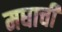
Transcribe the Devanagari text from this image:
मघाची